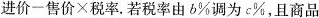
进价一售价×税率.若税率由b\%调为c\%，且商品